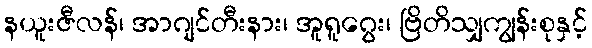
နယူးဇီလန်၊ အာဂျင်တီးနား၊ အူရူဂွေး၊ ဗြိတိသျှကျွန်းစုနှင့်